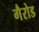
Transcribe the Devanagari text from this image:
गैरोड